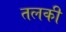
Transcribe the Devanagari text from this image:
तलकी